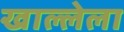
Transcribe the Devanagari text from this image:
खाल्लेला